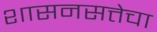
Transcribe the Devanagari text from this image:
शासनसत्तेचा